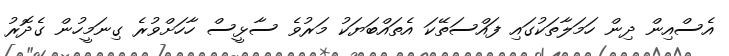
އެސްއިން ދިން ހަމަލާތަކުގައި ފައްސަތޭކަ އެތައްބަޔަކު މަރުވެ ސާޅީސް ހާހަށްވުރެ ގިނަމީހުން ގެދޮރު